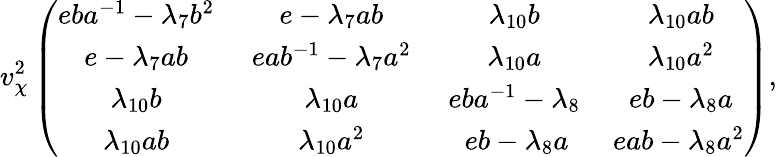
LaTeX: v_{\chi}^{2}\left(\begin{array}{cccc}{{eba^{-1}-\lambda_{7}b^{2}\, }}&{{\, e-\lambda_{7}ab\, }}&{{\, \lambda_{10}b\, }}&{{\, \lambda_{10}ab}}\\ {{e-\lambda_{7}ab\, }}&{{\, eab^{-1}-\lambda_{7}a^{2}\, }}&{{\, \lambda_{10}a\, }}&{{\, \lambda_{10}a^{2}}}\\ {{\lambda_{10}b\, }}&{{\, \lambda_{10}a\, }}&{{\, eba^{-1}-\lambda_{8}\, }}&{{\, eb-\lambda_{8}a}}\\ {{\lambda_{10}ab\, }}&{{\, \lambda_{10}a^{2}\, }}&{{\, eb-\lambda_{8}a}}&{{eab-\lambda_{8}a^{2}}}\end{array}\right),